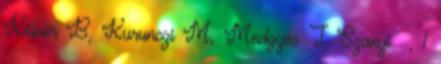
Kóbor B, Kurunczi M, Medgyes T, Szanyi , 1